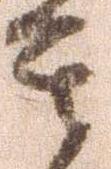
其